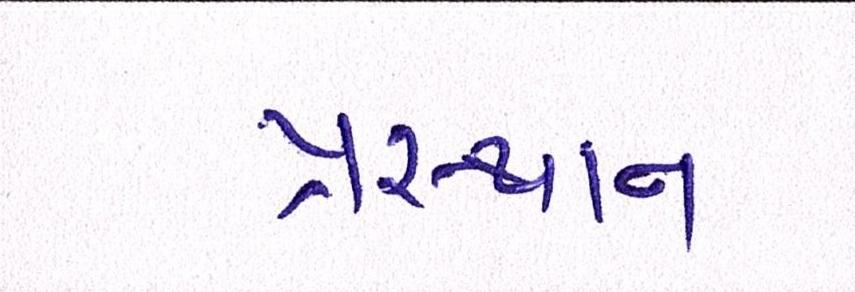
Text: પ્રસ્થાન